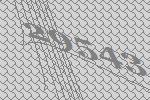
29543